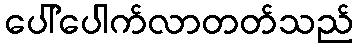
ပေါ်ပေါက်လာတတ်သည်